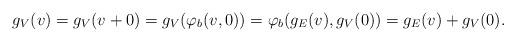
LaTeX: \begin{align*} g_V(v)=g_V(v+0)=g_V(\varphi_b ( v,0 ))=\varphi_b (g_E(v), g_V(0))=g_E(v)+g_V(0). \end{align*}